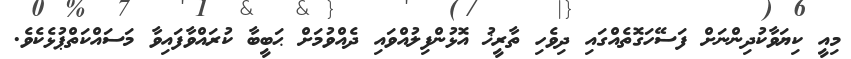
މިއީ ކިޔަވާކުދިންނަށް ފަސޭހަގޮތެއްގައި ދިވެހި ތާރީޚު އޮޅުންފިލުއްވައި ދެއްވުމަށް ޙަބީބާ ކުރައްވާފައިވާ މަސައްކަތްޕުޅެކެވެ.